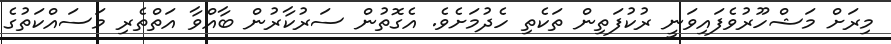
މިރަށް މަޝްހޫރުވެފައިވަނީ ރުކުފަތިން ތަކެތި ހެދުމަށެވެ. އެގޮތުން ސަރުކާރުން ބާއްވާ އަތްތެރި މަސައްކަތުގެ